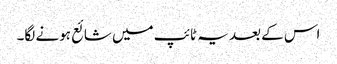
اس کے بعد یہ ٹائپ میں شائع ہونے لگا۔